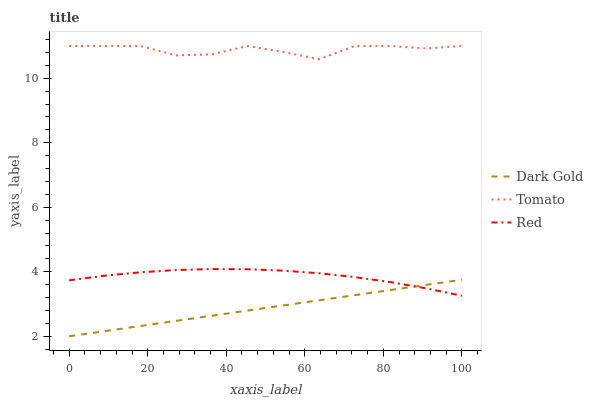
| xaxis_label | Dark Gold | Tomato | Red |
 | --- | --- | --- | --- |
 | 0 | 2 | 11 | 3.73 |
 | 9.09 | 2.16 | 11 | 3.88 |
 | 18.2 | 2.32 | 11 | 3.98 |
 | 27.3 | 2.48 | 10.7 | 4.05 |
 | 36.4 | 2.64 | 10.7 | 4.08 |
 | 45.5 | 2.8 | 11 | 4.08 |
 | 54.5 | 2.96 | 10.8 | 4.03 |
 | 63.6 | 3.11 | 10.6 | 3.95 |
 | 72.7 | 3.27 | 11 | 3.83 |
 | 81.8 | 3.43 | 11 | 3.68 |
 | 90.9 | 3.59 | 10.9 | 3.48 |
 | 100 | 3.75 | 11 | 3.25 |